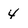
Character: 4